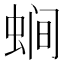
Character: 𱿧